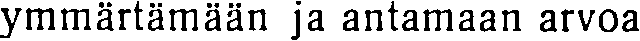
ymmärtämään ja antamaan arvoa